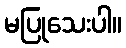
မပြုသေးပါ။